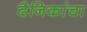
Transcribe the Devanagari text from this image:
दैनिकांचा